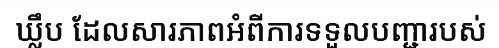
ឃ្លឹប ដែលសារភាពអំពីការទទួលបញ្ជារបស់